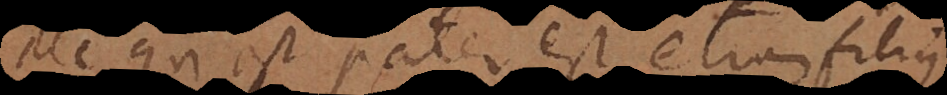
ille qui est pater est etiam filius